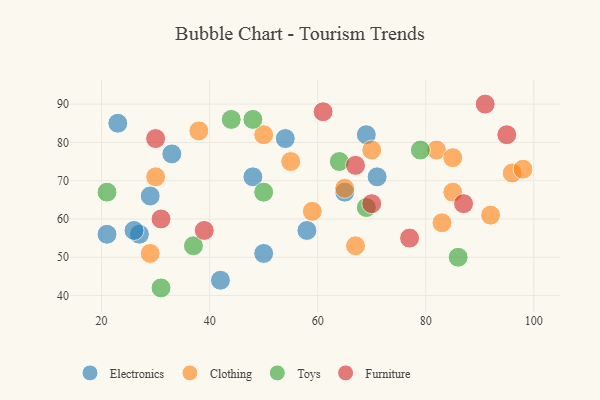
{"axis": {"x": "GDP", "y": "Life Expectancy"}, "legend": ["Clothing", "Electronics", "Furniture", "Toys"], "data": [{"x": "48", "y": 71, "type": "Electronics"}, {"x": "27", "y": 56, "type": "Electronics"}, {"x": "33", "y": 77, "type": "Electronics"}, {"x": "29", "y": 66, "type": "Electronics"}, {"x": "50", "y": 51, "type": "Electronics"}, {"x": "71", "y": 71, "type": "Electronics"}, {"x": "54", "y": 81, "type": "Electronics"}, {"x": "58", "y": 57, "type": "Electronics"}, {"x": "65", "y": 67, "type": "Electronics"}, {"x": "26", "y": 57, "type": "Electronics"}, {"x": "23", "y": 85, "type": "Electronics"}, {"x": "42", "y": 44, "type": "Electronics"}, {"x": "21", "y": 56, "type": "Electronics"}, {"x": "69", "y": 82, "type": "Electronics"}, {"x": "38", "y": 83, "type": "Clothing"}, {"x": "82", "y": 78, "type": "Clothing"}, {"x": "55", "y": 75, "type": "Clothing"}, {"x": "67", "y": 53, "type": "Clothing"}, {"x": "65", "y": 68, "type": "Clothing"}, {"x": "85", "y": 67, "type": "Clothing"}, {"x": "85", "y": 76, "type": "Clothing"}, {"x": "30", "y": 71, "type": "Clothing"}, {"x": "70", "y": 78, "type": "Clothing"}, {"x": "29", "y": 51, "type": "Clothing"}, {"x": "96", "y": 72, "type": "Clothing"}, {"x": "98", "y": 73, "type": "Clothing"}, {"x": "50", "y": 82, "type": "Clothing"}, {"x": "83", "y": 59, "type": "Clothing"}, {"x": "92", "y": 61, "type": "Clothing"}, {"x": "59", "y": 62, "type": "Clothing"}, {"x": "69", "y": 63, "type": "Toys"}, {"x": "37", "y": 53, "type": "Toys"}, {"x": "48", "y": 86, "type": "Toys"}, {"x": "79", "y": 78, "type": "Toys"}, {"x": "44", "y": 86, "type": "Toys"}, {"x": "21", "y": 67, "type": "Toys"}, {"x": "64", "y": 75, "type": "Toys"}, {"x": "31", "y": 42, "type": "Toys"}, {"x": "86", "y": 50, "type": "Toys"}, {"x": "50", "y": 67, "type": "Toys"}, {"x": "30", "y": 81, "type": "Furniture"}, {"x": "31", "y": 60, "type": "Furniture"}, {"x": "61", "y": 88, "type": "Furniture"}, {"x": "77", "y": 55, "type": "Furniture"}, {"x": "95", "y": 82, "type": "Furniture"}, {"x": "91", "y": 90, "type": "Furniture"}, {"x": "67", "y": 74, "type": "Furniture"}, {"x": "39", "y": 57, "type": "Furniture"}, {"x": "70", "y": 64, "type": "Furniture"}, {"x": "87", "y": 64, "type": "Furniture"}]}